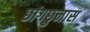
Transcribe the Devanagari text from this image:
छांगछुनास